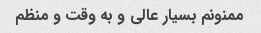
ممنونم بسیار عالی و به وقت و منظم